Calcutta medical institutions reports 1871-78
Year: 1871
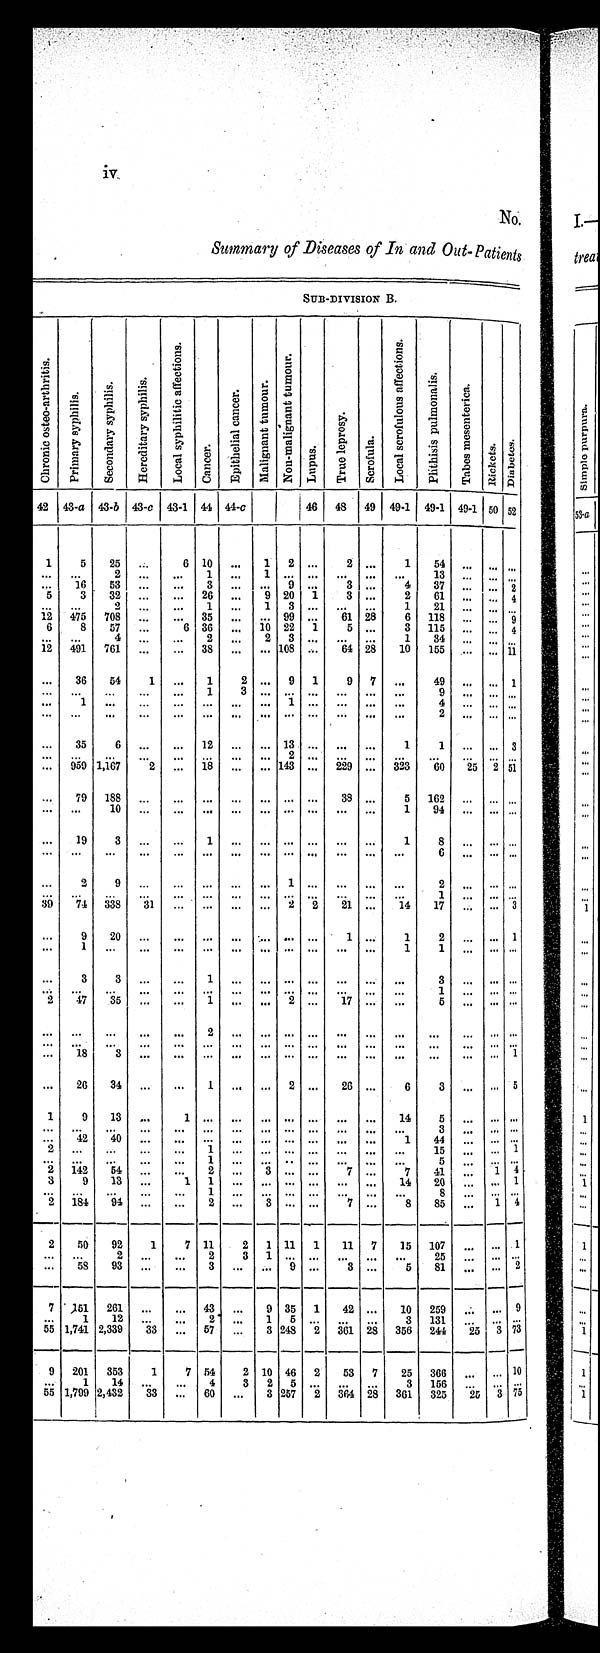
iv
No.
Summary of Diseases of In and Out-Patients
SUB-DIVISION B.
C h r o n i c o s t e o - a r t h r i t i s .
P r i m a r y s y p h i l i s .
S e c o n d a r y s y p h i l i s . H e r e d i t a r y s y p h i l i s .
L o c a l s y p h i l i t i c a f f e c t i o n s .
Ca n c e r .
E p i t h e l i a l c a n c e r .
M a l i g n a n t t u m o u r .
N o n - m a l i g n a n t t u m o u r .
Lupus .
T r u e l e p r o s y .
Scr of ul a.
L o c a l s c r o f u l o u s a f f e c t i o n s .
P h i t h i s i s p u l m o n a l i s .
T a b e s m e s e n t e r i c a .
R i c k e t s . Di a b e t e s .
42 43-a 43-b 43-c 43-1 44 44-c
4 6 48 49 49-1 49-1 49-1 5 0 52
1
5
2 5
. . .
6 10
. . . 1
2
. . . 2
. . . 1 54
. . . . . .
. . .
. . . . . .
2 . . .
. . . 1
. . . 1 . . . . . .
. . . . . .
. . .
1 3 . . . . . . . . .
. . . 16
5 3 . . .
. . . 3
. . .
. . . 9
. . . 3
. . . 4 37
. . . . . . 2
5 3
3 2 . . .
. . . 26
. . .
9 2 0 1 3
. . . 2 61
. . . . . . 4
. . .
. . .
2
. . .
. . . 1
. . . 1 3 . . .
. . . . . .
1
2 1
. . . . . . . . .
1 2 475 708
. . .
. . . 35
. . . ... 99 ... 61 28
6 118
. . . . . . 9
6
8 57
. . .
6 36
. . . 10 22 1
5
. . . 3
1 1 5 . . .
. . . 4
. . .
. . . 4
. . .
. . . 2
. . .
2 3 . . . ...
. . . 1 34
. . . . . . . . .
12 491 761
. . .
. . . 38
. . .
. . . 108
. . . 64 28 10 155
. . . . . . 11
. . . 36 54
1
. . . 1
2
. . . 9 1
9 7
. . .
49
. . . . . . 1
...
. . .
. . .
. . .
. . . 1
3
. . . . . . . . .
. . . . . . . . .
9
. . . . . . . . .
. . .
1
. . .
. . .
. . .
. . .
. . .
. . .
1 . . .
. . . . . . . . .
4
. . . . . . . . .
. . . . . .
. . .
. . .
. . .
. . .
. . .
. . . . . . . . .
. . .
. . . . . .
2
. . . . . . . . .
. . .
3 5
6
. . .
. . . 1 2
. . . . . . 1 3 . . .
. . . . . . 1
1
. . . . . . 3
. . .
. . .
. . .
. . .
. . . . . .
. . . . . . 2 . . .
. . . . . . . . .
. . .
. . . . . . . . .
. . .
9 5 9
1 , 1 6 7
2
. . . 1 8
. . .
. . . 143
. . . 229
. . . 323 60 25 2 51
. . .
7 9
1 8 8
. . .
. . . . . .
. . . . . . . . . . . .
3 8 . . .
5
1 6 2
. . . . . . . . .
. . .
. . .
1 0
. . .
. . . . . .
. . . . . . . . . . . .
. . . . . .
1
9 4
. . . . . . . . .
. . .
1 9
3
. . .
. . . 1
. . . . . . . . . . . .
. . . . . .
1
8
. . . . . . . . .
. . . . . .
. . .
. . .
. . .
. . .
. . .
. . . . . . . . .
. . . . . . . . .
6
. . . . . . . . .
. . .
2
9
. . .
. . . . . .
. . . . . . 1 . . .
. . . . . . . . .
2
. . . . . . . . .
. . .
. . .
. . .
. . .
. . . . . .
. . . . . . . . .
. . .
. . . . . . . . .
1
. . . . . . . . .
39 74 338 31
. . . . . .
. . .
. . . 2 2 21
. . . 14 17
. . . . . . 3
. . . 9 20
. . .
. . . . . .
. . . . . .
. . . . . .
1 . . .
1
2
. . . . . . 1
. . .
1
. . . . . .
. . .
. . .
. . .
. . . . . . . . . ...
. . .
1
1
. . . . . . . . .
. . .
3
3
. . .
. . . 1
. . . . . . . . . . . .
. . . . . .
. . .
3
. . . . . . . . .
. . .
. . .
. . .
. . .
. . . . . .
. . . . . . . . . . . .
. . . . . .
. . .
1
. . . . . . . . .
2 47 35
. . .
. . . 1
. . . . . . 2 . . . 17
. . .
. . .
5
. . . . . . . . .
. . . . . .
. . .
. . .
. . . 2
. . . . . . . . . . . .
. . . . . .
. . .
. . .
. . . . . . . . .
. . . . . .
. . .
. . .
. . .
. . .
. . .
. . . . . . . . .
. . .
. . . . . .
. . .
. . . . . . . . .
. . . 18
3
. . .
. . . . . .
. . . . . . . . . . . .
. . . . . . . . .
. . .
. . . . . . 1
. . . 26 34
. . .
. . . 1
. . .
. . . 2
. . . 26
. . . 6
3
. . . . . . 5
1
9 13
. . .
1 . . .
. . . . . . . . . . . .
. . . . . .
1 4
5
. . . . . . . . .
. . . . . .
. . .
. . .
. . . ... ...
. . . . . . . . .
. . .
. . . . . .
3
. . . . . . . . .
. . . 42 40
. . .
. . . . . .
. . . . . . . . . . . .
. . . . . . 1
4 4
. . . . . . . . .
2 . . .
. . .
. . .
. . .
1
. . . . . . . . . . . .
. . . . . . . . .
1 5
. . . . . . 1
. . .
. . . . . .
. . .
. . . 1
. . . . . . . . . . . .
. . . . . . . . .
5
. . . . . . . . .
2 142 54
. . .
. . . 2 ... 3
. . . . . .
7 . . . 7 41
. . . 1 4
3 9 13
. . .
1 1
. . . . . . . . . . . .
. . . . . . 14 20
. . . . . . 1
. . .
. . .
. . .
. . .
. . . 1
. . . . . . . . . . . .
. . . . . .
. . .
8
. . . . . . . . .
2 184 94
. . .
. . . 2
. . .
3 . . . . . .
7 . . . 8 85
. . .
1 4
2 50 92
1
7
1 1
2 1
1 1
1 11
7
15 107
. . .
. . . 1
. . .
. . .
2 . . .
. . . 2
3 1 . . . . . .
. . . . . .
. . . 2 5
. . . . . . . . .
. . .
5 8
9 3 . . .
. . . 3
. . . . . . 9 . . .
3 . . .
5
8 1
. . . . . . 2
7
1 5 1
2 6 1
. . .
. . . 43
. . . 9 35 1 42
. . . 10 259
. . . . . . 9
. . .
1
1 2
. . .
. . . 2
. . . 1 5
. . .
. . .
. . . 3 131
. . . . . . . . .
55 1,741
2 , 3 3 9
3 3
. . . 57
. . . 3 248 2 361 28 356 244
2 5 3 73
9 201 353
1
7 54
2 10 46 2 53
7
25 366
. . . . . . 10
. . . 1 14
. . .
. . . 4
3
2 5
. . .
. . .
. . . 3 156
. . . . . . . . .
5 5 1,799 2,432 33
. . . 60
. . . 3 257 2 364 28 361 325 25 3 75